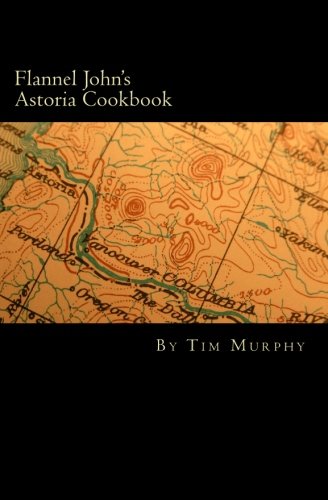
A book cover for Flannel John's Astoria Cookbook: Celebrating the History, Culture, Movies, Flavors and People of Northwest Oregon (Cookbooks for Guys) (Volume 28); Tim Murphy; Cookbooks, Food & Wine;